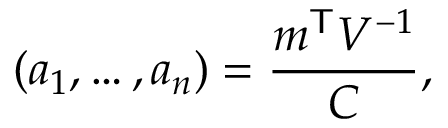
( a _ { 1 } , \dots , a _ { n } ) = { \frac { m ^ { \mathsf { T } } V ^ { - 1 } } { C } } ,